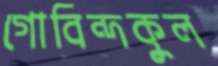
গোবিন্দকুল